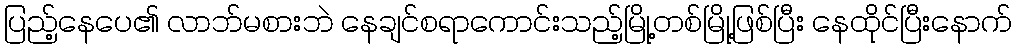
ပြည့်နေပေ၏ လာဘ်မစားဘဲ နေချင်စရာကောင်းသည့်မြို့တစ်မြို့ဖြစ်ပြီး နေထိုင်ပြီးနောက်